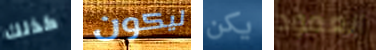
كذلك ليكون يكن العمود